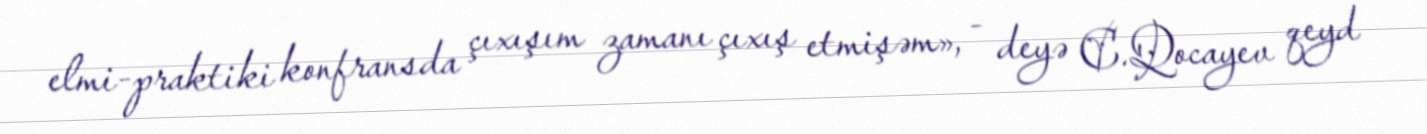
elmi-praktiki konfransda çıxışım zamanı çıxış etmişəm», - deyə C.Qocayev qeyd